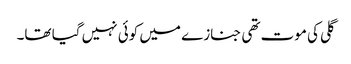
گلی کی موت تھی جنازے میں کوئی نہیں گیا تھا۔